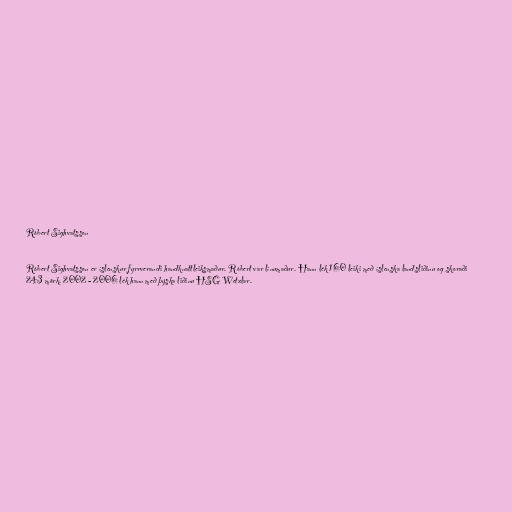
Róbert Sighvatsson

Róbert Sighvatsson er íslenskur fyrrverandi handknattleiksmaður. Róbert var línumaður. Hann lék 160 leiki með íslenska landsliðinu og skoraði
243 mörk. 2002 - 2006 lék hann með þýska liðinu HSG Wetzlar.